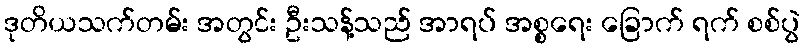
ဒုတိယသက်တမ်း အတွင်း ဦးသန့်သည် အာရပ် အစ္စရေး ခြောက် ရက် စစ်ပွဲ